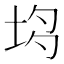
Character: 𡋝